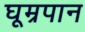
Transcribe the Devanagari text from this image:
घूम्रपान